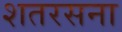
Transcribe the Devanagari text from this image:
शतरसना